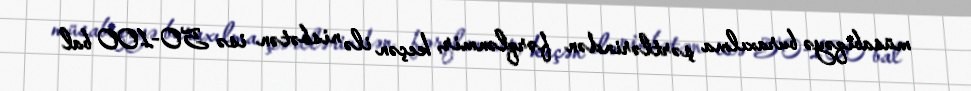
müsabiqəyə buraxılma şərtlərindən fərqlənmir, keçən ilə nisbətən isə 50-100 bal